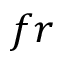
f r